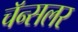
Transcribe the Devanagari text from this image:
चॅन्सलर